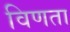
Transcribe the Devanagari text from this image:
विणता